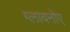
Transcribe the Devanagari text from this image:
ग्लावनोए